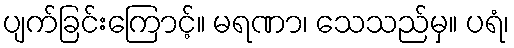
ပျက်ခြင်းကြောင့်။ မရဏာ၊ သေသည်မှ။ ပရံ၊